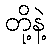
တို့နဲ့